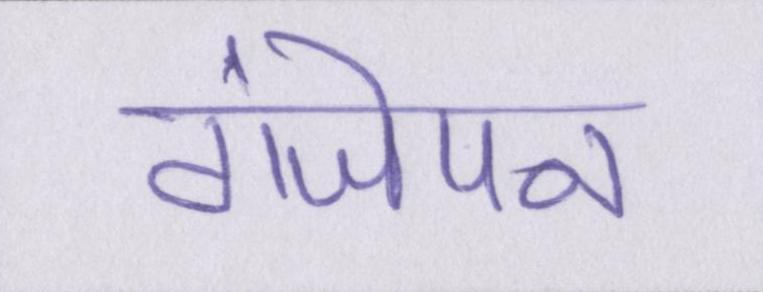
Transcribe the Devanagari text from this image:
गंजेपन